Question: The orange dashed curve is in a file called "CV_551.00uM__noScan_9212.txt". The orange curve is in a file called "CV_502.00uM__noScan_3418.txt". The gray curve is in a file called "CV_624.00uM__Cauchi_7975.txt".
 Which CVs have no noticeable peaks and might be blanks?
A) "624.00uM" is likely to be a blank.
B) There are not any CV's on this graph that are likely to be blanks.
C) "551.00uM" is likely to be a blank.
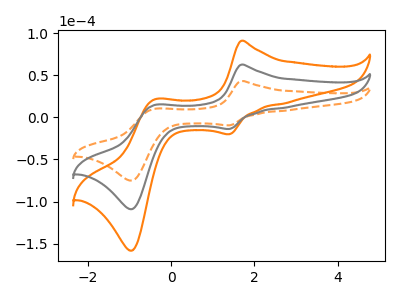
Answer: <think>The orange dashed curve "551.00uM" has anodic peaks at (1.70V, 43.10uA) (-0.40V, 10.10uA) and cathodic peaks at (1.40V, -9.50uA) (-0.95V, -75.05uA). The orange curve "502.00uM" has anodic peaks at (1.70V, 125.10uA) (-0.40V, 29.35uA) and cathodic peaks at (1.40V, -27.60uA) (-0.95V, -217.95uA). The gray curve "624.00uM" has anodic peaks at (1.70V, 62.55uA) (-0.40V, 14.70uA) and cathodic peaks at (1.40V, -13.80uA) (-0.95V, -108.95uA).</think>
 <answer>B) There are not any CV's on this graph that are likely to be blanks.</answer>
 <eval>B</eval>